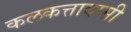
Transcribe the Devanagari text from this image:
कलकत्तावासी